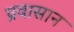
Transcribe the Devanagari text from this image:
प्रवासान